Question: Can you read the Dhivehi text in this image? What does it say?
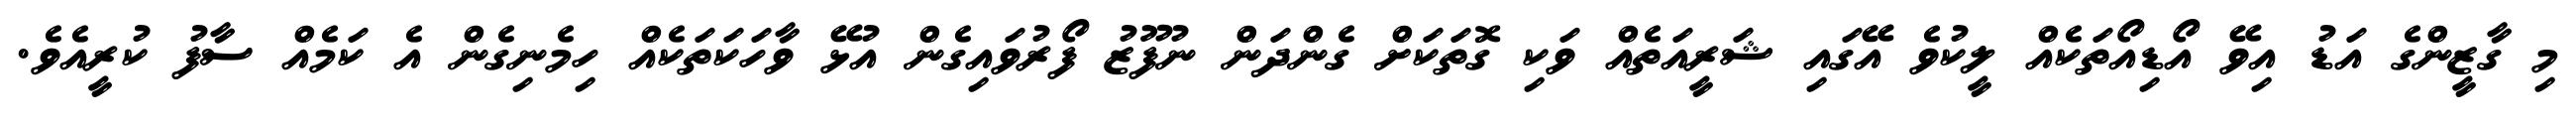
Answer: މި ގާޒީންގެ އަޑު އިވޭ އޯޑިއޯތަކެއް ލީކުވެ އޭގައި ޝަރީއަތެއް ވަކި ގޮތަކަށް ގެންދަން ނުފޫޒު ފޯރުވައިގެން އުޅޭ ވާހަކަތަކެއް ހިމެނިގެން އެ ކަމެއް ސާފު ކުރީއެވެ.